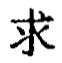
求